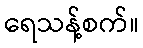
ရေသန့်စက်။